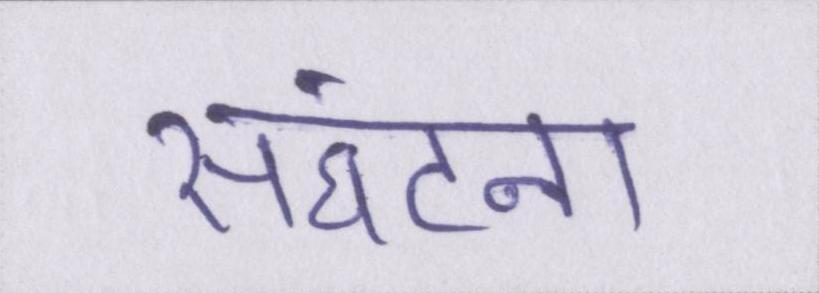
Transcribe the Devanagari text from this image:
संघटना